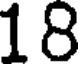
18